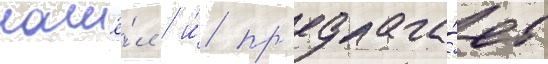
нашё́л / и́ пр'едлага́ет